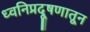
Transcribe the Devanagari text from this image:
ध्वनिप्रदूषणातून